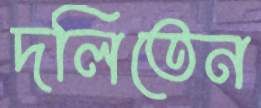
দলিতেন